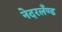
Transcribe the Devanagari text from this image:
नेदरलँण्ड